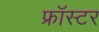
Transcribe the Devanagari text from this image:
फ्रॉस्टर